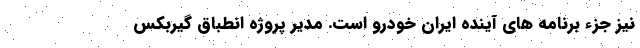
نیز جزء برنامه های آینده ایران خودرو است. مدیر پروژه انطباق گیربکس